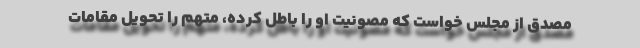
مصدق از مجلس خواست که مصونیت او را باطل کرده، متهم را تحویل مقامات